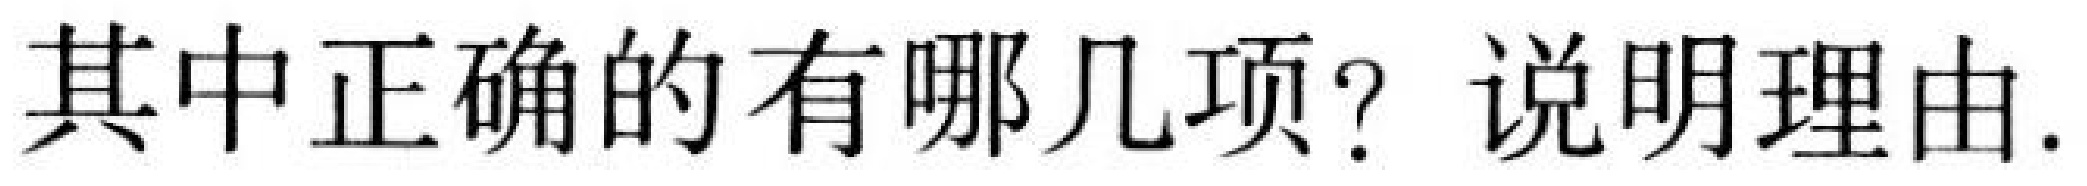
其中正确的有哪几项？说明理由.